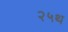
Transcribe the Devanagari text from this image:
२५थ